Lunatic asylums in Bengal annual reports 1899-1911 - 1899-1911
Year: 1899
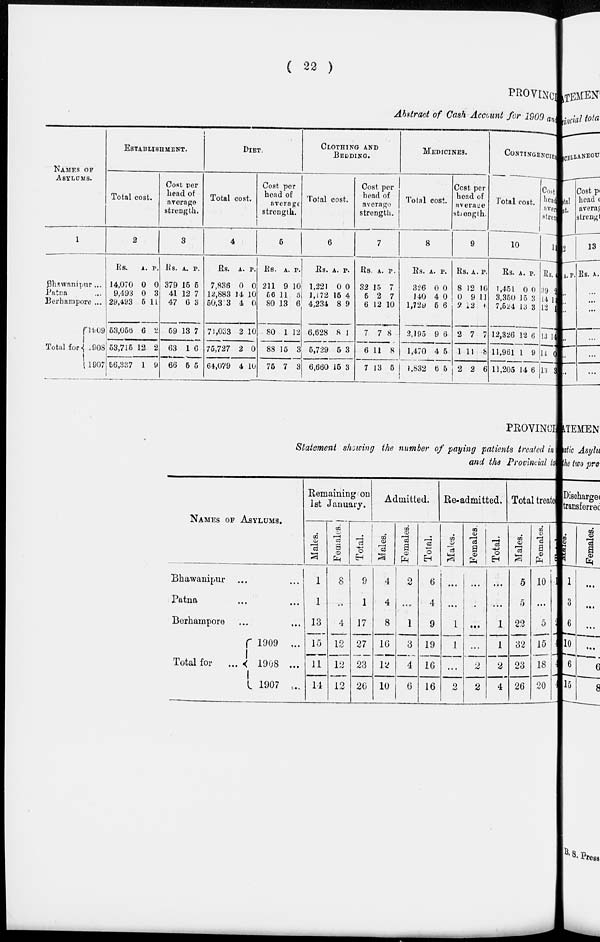
( 22 )
PROVINCIAL
Abstract of Cash Account for 1909 an
NAMES OF
ASYLUMS.
1
Bhawanipur ...
Patna ...
Berhampore ...
Total for
1909
1908
1907
ESTABLISHMENT.
Total cost.
2
Rs.
14,070
9,493
29,493
53,056
53,715
56,337
A.
0
0
5
6
12
1
P.
0
3
11
2
2
9
Cost per
Lead of
average
strength.
3
Rs.
379
41
47
59
63
66
A.
15
12
6
13
1
5
P.
5
7
3
7
6
5
DIET.
Total cost.
4
Rs.
7,836
12,883
50,333
71,033
75,727
64,079
A.
0
14
4
2
2
4
P.
0
10
0
10
0
10
Cost per
head of
average
strength.
5
Rs.
211
56
80
80
88
75
A.
9
11
13
1
15
7
P.
10
5
6
12
3
3
CLOTHING AND
BEDDING.
Total cost.
6
Rs.
1,221
1,172
4,234
6,628
5,729
6,660
A.
0
15
8
8
5
15
P.
0
4
9
1
3
3
Cost per
head of
average
strength.
7
Rs.
32
5
6
7
6
7
A.
15
2
12
7
11
13
P.
7
7
10
8
8
5
MEDICINES.
Total cost.
8
Rs.
326
140
1,729
2,195
1,470
1,832
A.
0
4
5
9
4
6
P.
0
0
6
6
5
5
Cost per
head of
average
strength.
9
Rs.
8
0
2
2
1
2
A.
12
9
12
7
11
2
P.
10
11
6
7
8
6
CONTINGENCE.
Total cost.
10
Rs.
1,451
3,350
7,524
12,326
11,961
11,205
A.
0
15
13
12
1
14
P.
0
3
3
6
9
6
Cost
head of
average
strength.
1
Rs.
39
14
12
13
14
13
2
12
1
14
0
3
PEOVINCI
Statement showing the number of paying patients treated in
and the Provincial to
NAMES OF ASYLUMS.
Bhawanipur ... ...
Patna ... ...
Berhampore ... ...
Total for
...
1909 ...
1908 ...
1907 ...
Remaining on
1st January.
Males.
1
1
13
15
11
14
Females.
8
...
4
12
12
12
Total.
9
1
17
27
23
26
Admitted.
Males.
4
4
8
16
12
10
Females.
2
...
1
3
4
6
Total.
6
4
9
19
16
16
Re-admitted.
Males.
...
...
1
1
...
2
Females.
...
...
...
...
2
2
Total.
...
...
1
1
2
4
Total treate
Males.
5
5
22
32
23
26
Females.
10
...
5
15
18
20
Total.
15
5
27
47
41
46